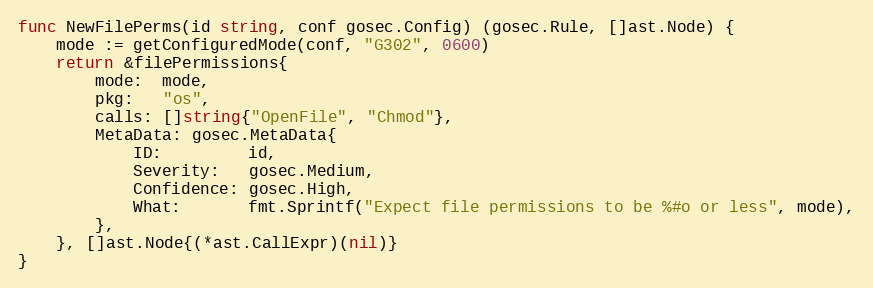
Language: Go
func NewFilePerms(id string, conf gosec.Config) (gosec.Rule, []ast.Node) {
	mode := getConfiguredMode(conf, "G302", 0600)
	return &filePermissions{
		mode:  mode,
		pkg:   "os",
		calls: []string{"OpenFile", "Chmod"},
		MetaData: gosec.MetaData{
			ID:         id,
			Severity:   gosec.Medium,
			Confidence: gosec.High,
			What:       fmt.Sprintf("Expect file permissions to be %#o or less", mode),
		},
	}, []ast.Node{(*ast.CallExpr)(nil)}
}